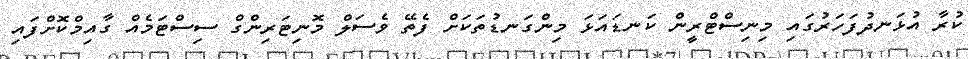
ކުރާ އުޅަނދުފަހަރުގައި މިނިސްޓްރީން ކަނޑައަޅަ މިންގަނޑުތަކަށް ފެތޭ ވެސަލް މޮނިޓަރިންގް ސިސްޓަމެއް ގާއިމްކޮށްފައި